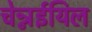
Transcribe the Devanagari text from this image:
चेन्नईयिल